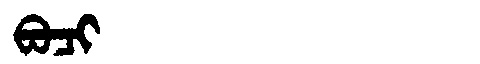
Manchu: ᠪᠣᠴᡳ
Romanization: BOCI